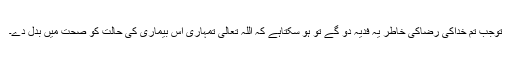
توجب تم خداکی رضاکی خاطر یہ فدیہ دو گے تو ہو سکتاہے کہ اللہ تعالیٰ تمہاری اس بیماری کی حالت کو صحت میں بدل دے۔